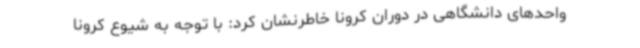
واحدهای دانشگاهی در دوران کرونا خاطرنشان کرد: با توجه به شیوع کرونا